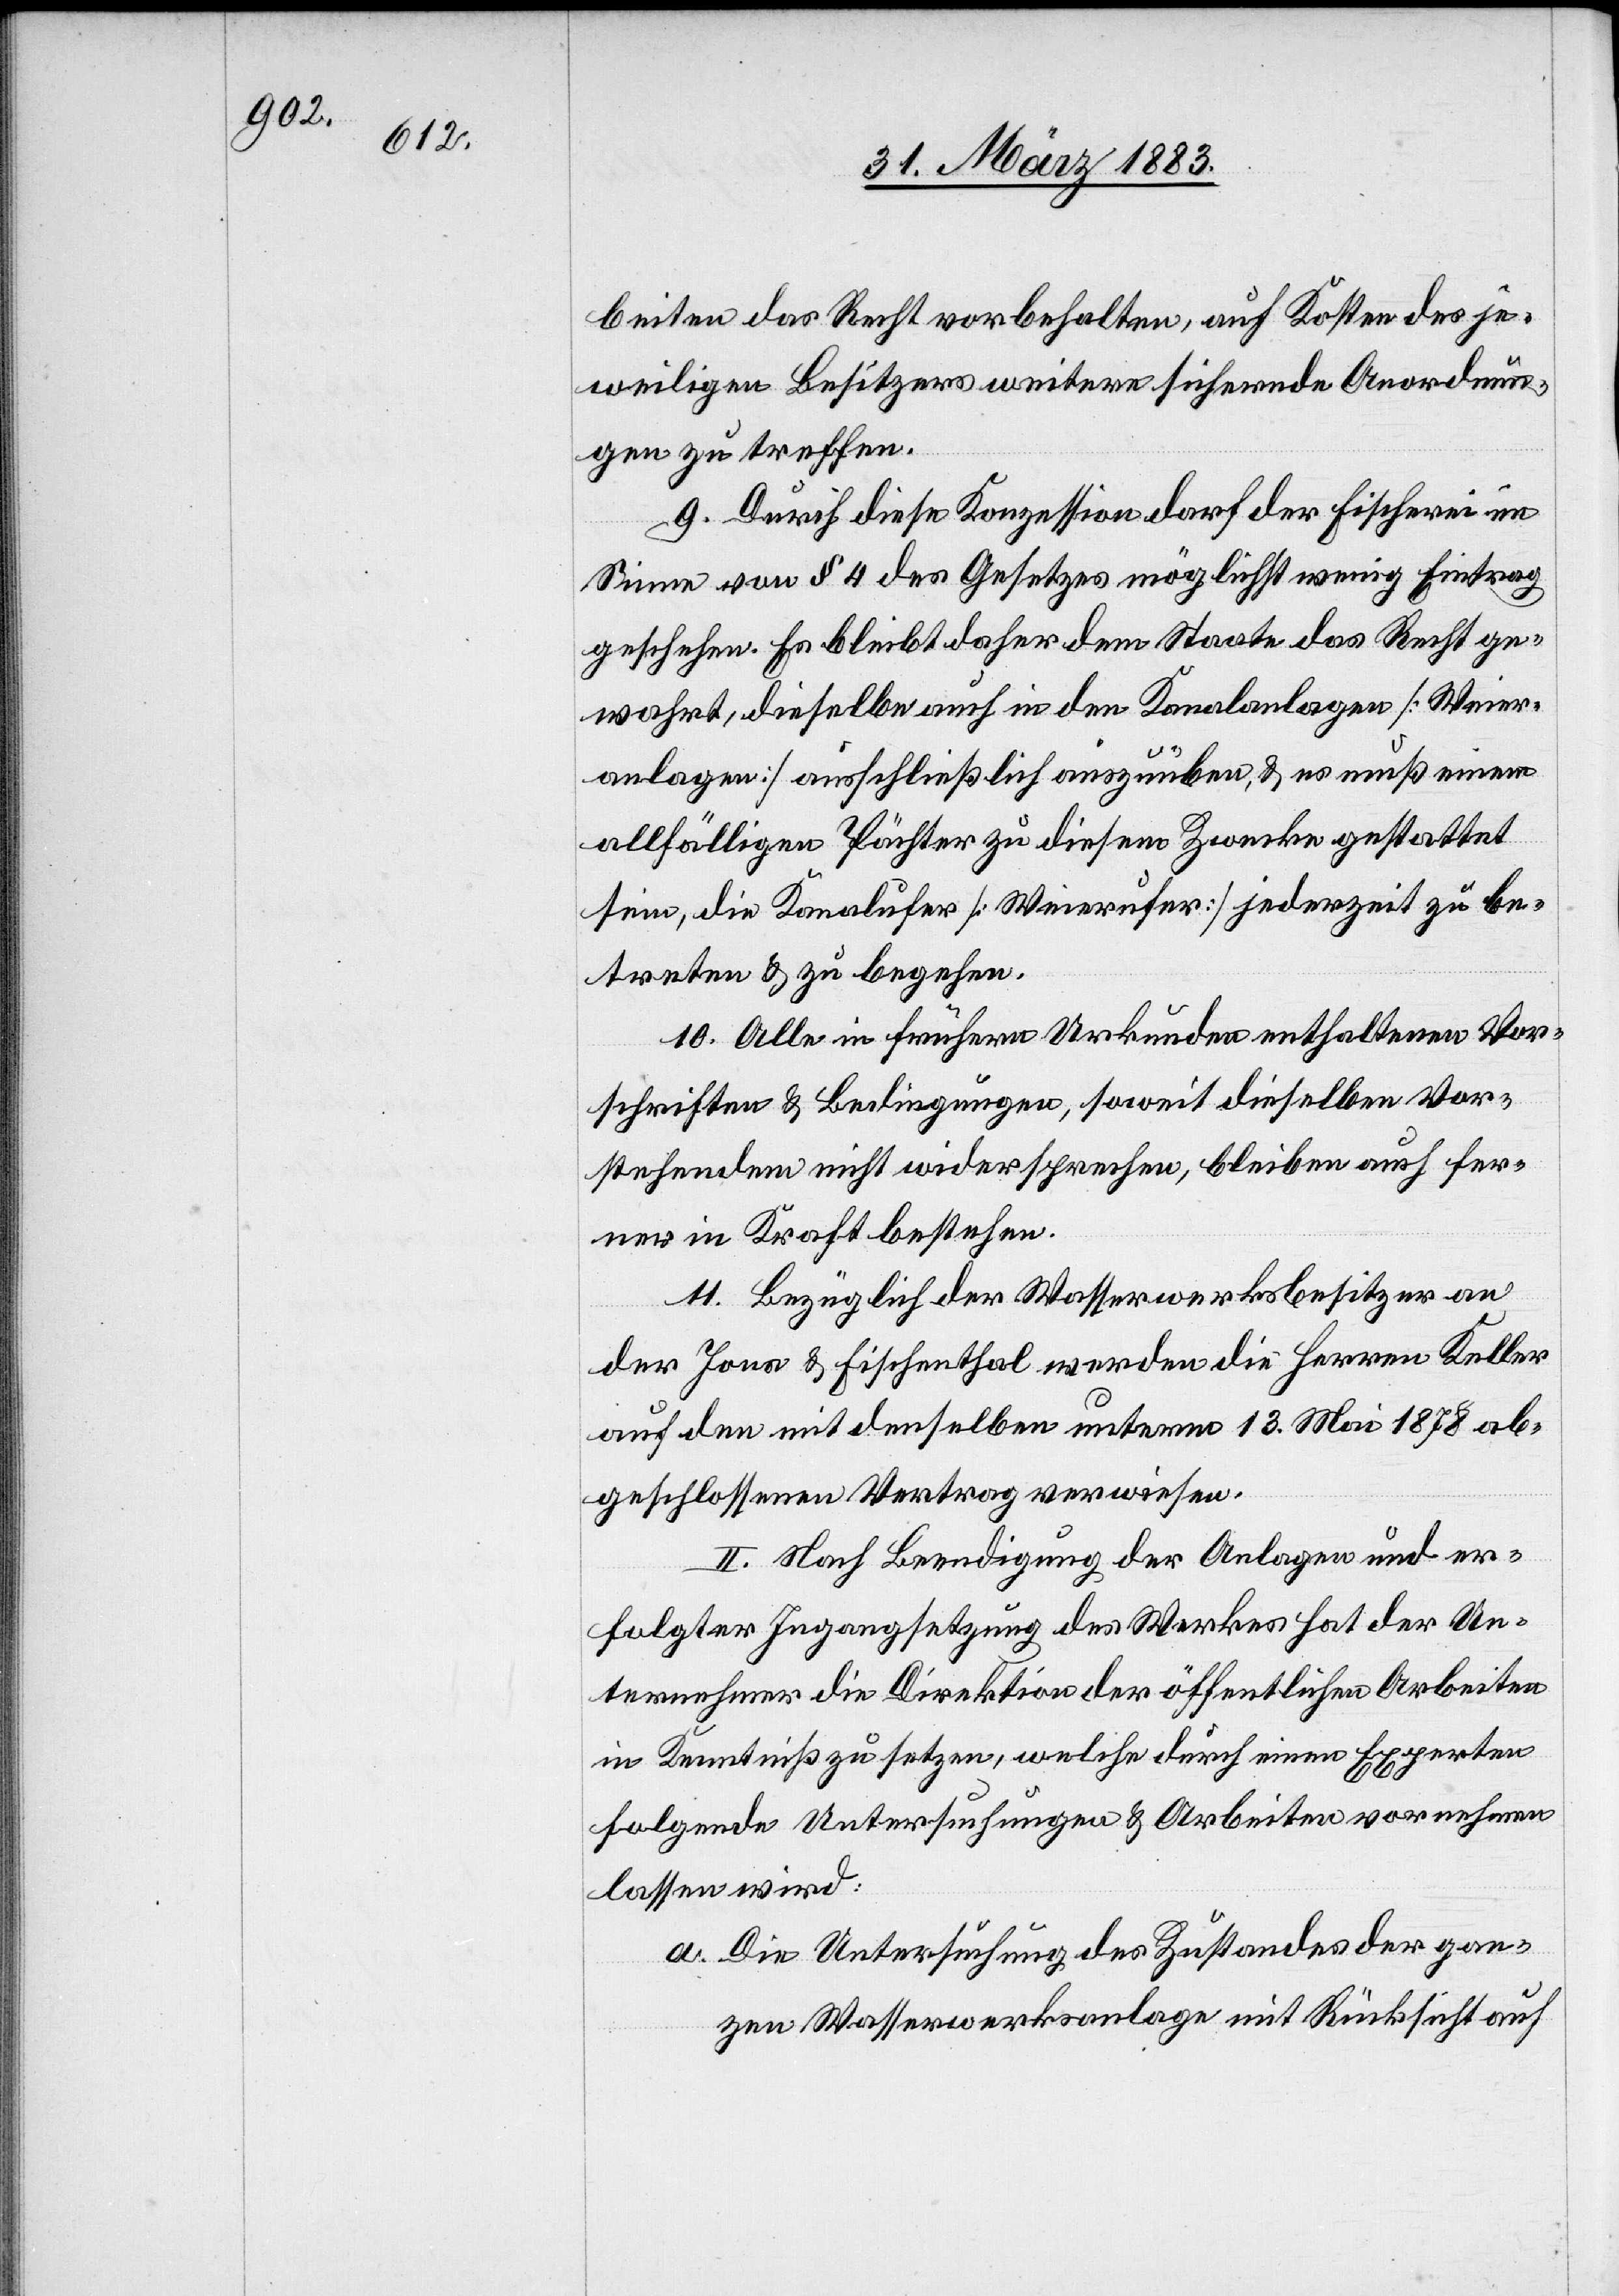
beiten das Recht vorbehalten, auf Kosten des je¬
weiligen Besitzers weitere sichernde Anordnun¬
gen zu treffen.
9. Durch diese Konzession darf der Fischerei im
Sinne von § 4 des Gesetzes möglichst wenig Eintrag
geschehen. Es bleibt daher dem Staate das Recht ge¬
wahrt, dieselbe auch in den Kanalanlagen [Weier¬
anlagen] ausschließlich auszuüben, & es muß einem
allfälligen Pächter zu diesem Zwecke gestattet
sein, die Kanalufer [Weierufer] jederzeit zu be¬
treten & zu begehen.
10. Alle in frühern Urkunden enthaltenen Vor¬
schriften & Bedingungen, soweit dieselben Vor¬
stehendem nicht widersprechen, bleiben auch fer¬
ner in Kraft bestehen.
11. Bezüglich der Wasserwerksbesitzer an
der Jona & Fischenthal werden die Herren Keller
auf den mit denselben unterm 13. Mai 1878 ab¬
geschlossenen Vertrag verwiesen.
II. Nach Beendigung der Anlagen und er¬
folgter Ingangsetzung des Werkes hat der Un¬
ternehmer die Direktion der öffentlichen Arbeiten
in Kenntniß zu setzen, welche durch einen Experten
folgende Untersuchungen & Arbeiten vornehmen
lassen wird:
a. Die Untersuchung des Zustandes der gan¬
zen Wasserwerksanlage mit Rücksicht auf